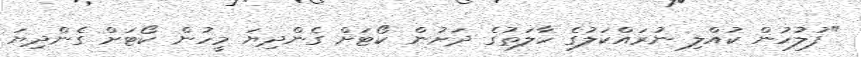
"ފުލުހުން ކުއްލި ނުރައްކަލުގެ ހާލަތުގެ ދަށުން ކޯޓަށް ގެންދިޔަ މީހުން ކޯޓަށް ގެންދިޔަ